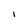
Character: I